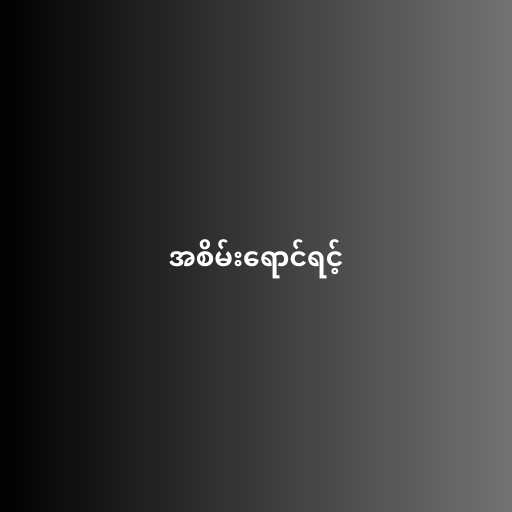
အစိမ်းရောင်ရင့်